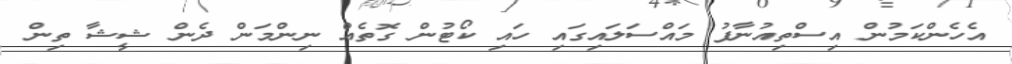
އެހެންކަމުން އިސްތިއުނާފު މައްސަލައިގައި ހައި ކޯޓުން ގޮތެއް ނިންމަން ދެން ޝީޝާ ތިން